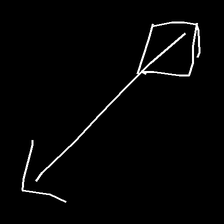
Glyph: focus